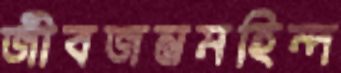
জীবজন্তুমহিন্দ